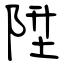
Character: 陞